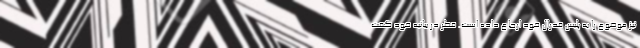
نیز موضوع را به پلیس فدرال خود ارجاع داده است. قطر در بیانیه خود گفت